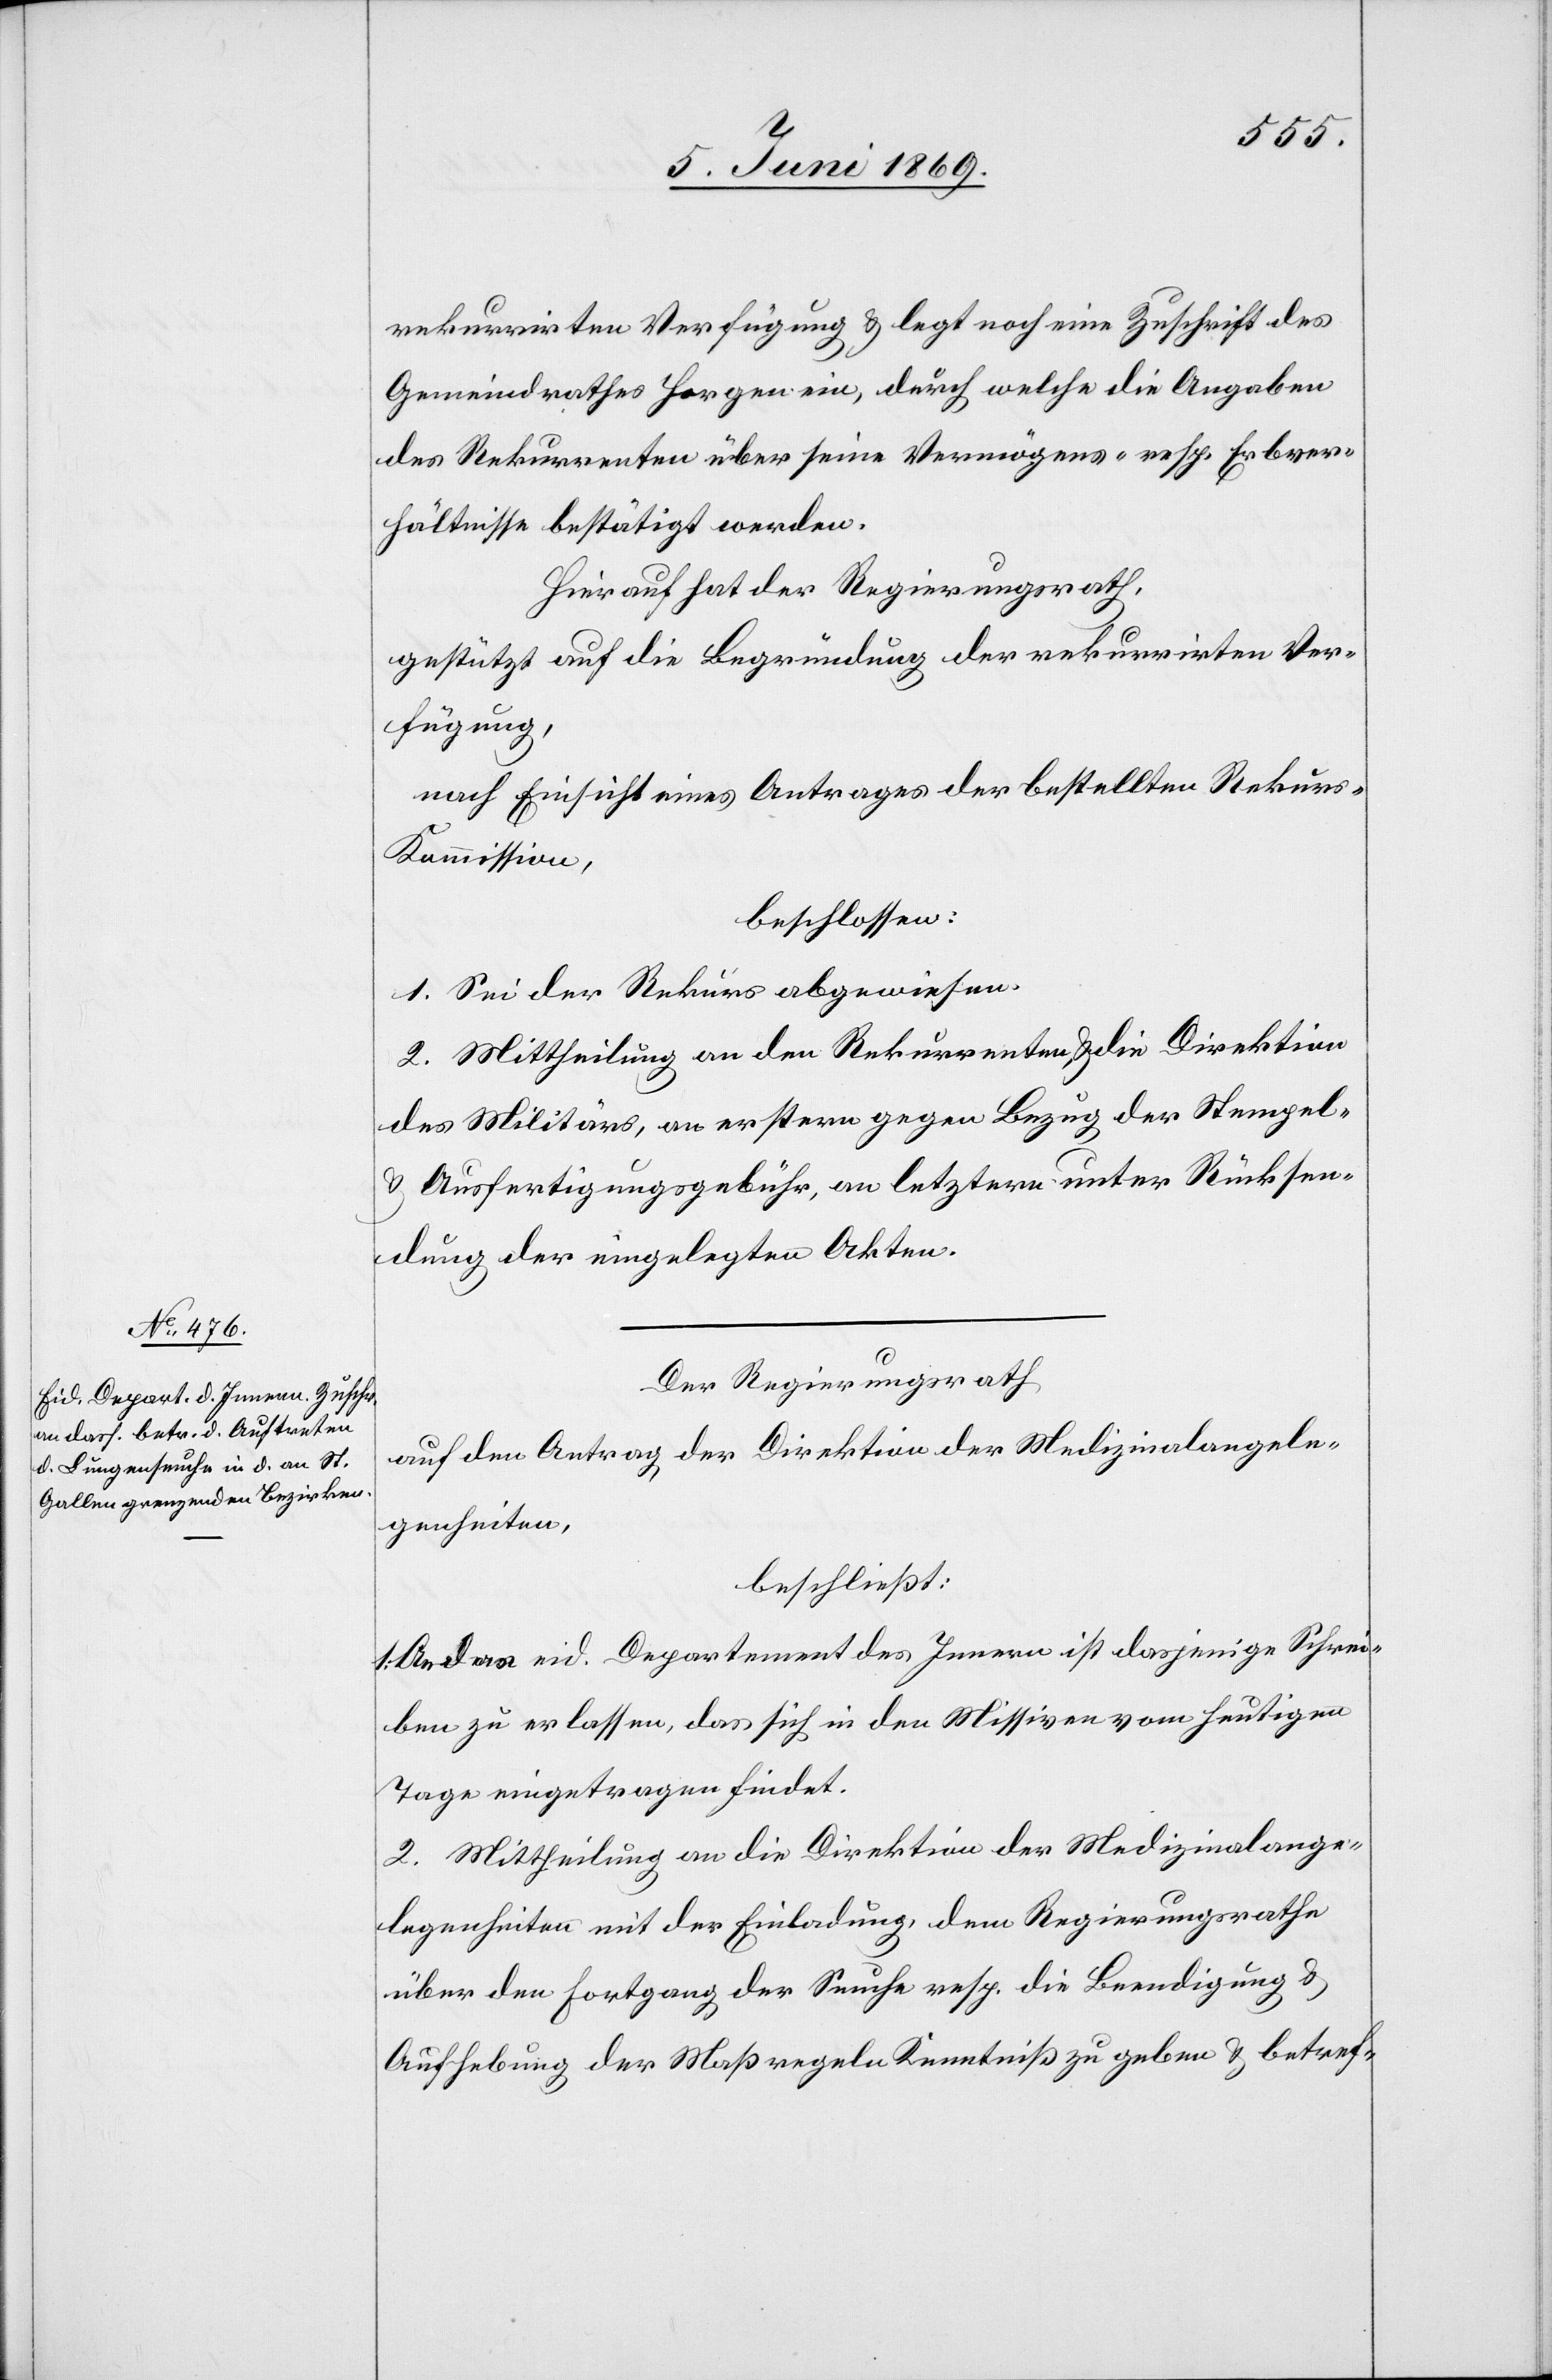
rekurrirten Verfügung u. legt noch eine Zuschrift des
Gemeindrathes Horgen ein, durch welche die Angaben
des Rekurrenten über seine Vermögens- resp. Erbver¬
hältnisse bestätigt werden.
Hierauf hat der Regierungsrath,
gestützt auf die Begründung der rekurrirten Ver¬
fügung,
nach Einsicht eines Antrages der bestellten Rekur¬
s-Kommission,
beschlossen:
1. Sei der Rekurs abgewiesen.
2. Mittheilung an den Rekurrenten u. die Direktion
des Militärs, an erstern gegen Bezug der Stempel-
u. Ausfertigungsgebühr, an letztern unter Rücksen¬
dung der eingelegten Akten.
Der Regierungsrath
auf den Antrag der Direktion der Medizinalangele¬
genheiten,
beschließt:
1. An das eid. Departement des Innern ist dasjenige Schrei¬
ben zu erlassen das sich in den Missiven vom heutigen
Tage eingetragen findet.
2. Mittheilung an die Direktion der Medizinalange¬
legenheiten mit der Einladung, dem Regierungsrathe
über den Fortgang der Seuche resp. die Beendigung u.
Aufhebung der Maßregeln Kenntniß zu geben u. betref-